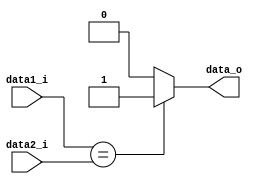
module EQUAL(
    data1_i,
    data2_i,
    data_o
);

input   [31:0]  data1_i, data2_i;
output  reg             data_o;

always@(data1_i or data2_i)
begin
    if(data1_i == data2_i)
        data_o = 1'b1;
    else
        data_o = 1'b0;
end

endmodule